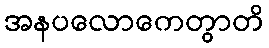
အနပလောကေတွာတိ